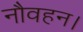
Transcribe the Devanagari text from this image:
नौवहन।